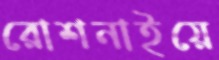
রোশনাইয়ে